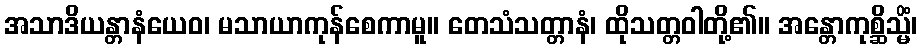
အသာဒိယန္တာနံယေဝ၊ မသာယာကုန်စေကာမူ။ တေသံသတ္တာနံ၊ ထိုသတ္တဝါတို့၏။ အန္တောကုစ္ဆိသ္မိံ၊